Tezpur Lunatic Asylum reports 1877-1894 - 1877-1894
Year: 1877
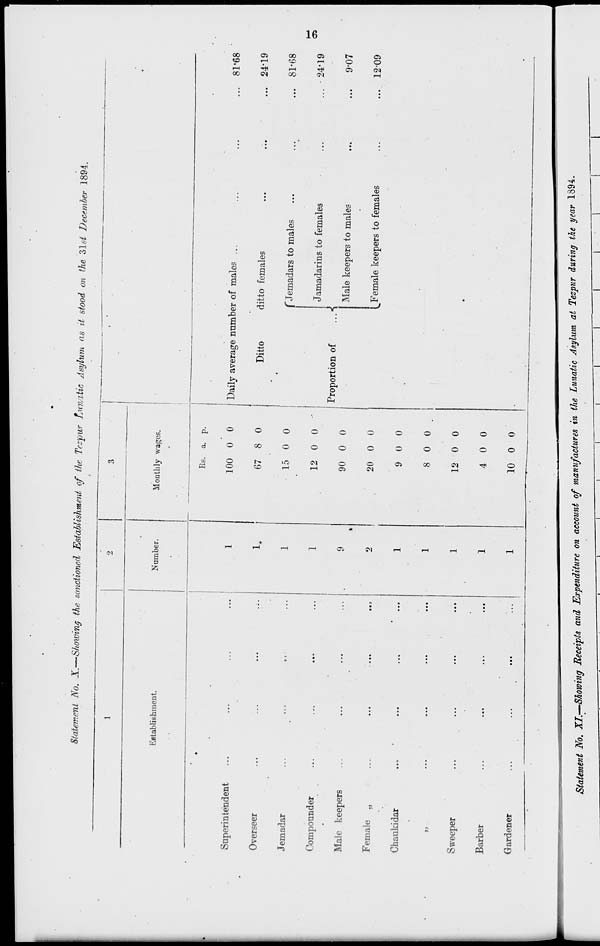
Statement No. X.—Showing the sanctioned Establishment of the Tezpur Lunatic Asylum as it stood on the 31st December 1894.
1
2
. 3
• '
Establishment
Number.
Monthly wages.
•
Rs. a. p.
.
Superintendent
1
100 0 0
Daily average nnmber of males ...
... 81-68
Overseer
1.
67 8 0
Ditto
ditto females
... 24-19
Jemadar
1
15 0 0
r Jemadars to males
... 81-68
Compounder
Male keepers
...
....
1
9
»
12 0 0 -
90 0 0
Proportion of
... •
Jamadarins to females
Male keepers to males
... 24-19
...
9-07
Female „
2
20 0 0
JFemale keepers to females
... 12-09
Chankidar
1
9 0 0
•
„
1
8 0 0.
Sweeper
1
12 0 0
•
Barber
1
4 0 0
Gardener
1
10 0 0
•
•
Statement No. Xl.-Siomng Receipt* and Expenditure on account of ma**/**** in
i
—i
r
1
1
the Lunatic Asylum at Tespur during the year 1894.
i
1
1
1
>
1